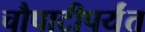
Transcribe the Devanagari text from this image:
चौपाटीपर्यंत